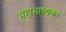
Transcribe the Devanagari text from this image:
महाभाष्यकर